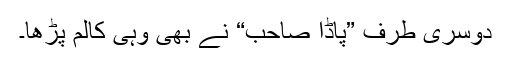
دوسری طرف ”پاڈا صاحب“ نے بھی وہی کالم پڑھا۔